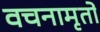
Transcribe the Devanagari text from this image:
वचनामृतों